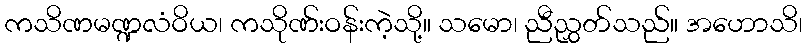
ကသိဏမဏ္ဍလံဝိယ၊ ကသိုဏ်းဝန်းကဲ့သို့။ သမော၊ ညီညွှတ်သည်။ အဟောသိ၊